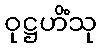
ဝုဋ္ဌဟိံသု